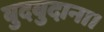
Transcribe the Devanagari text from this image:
बुदबुदाना।